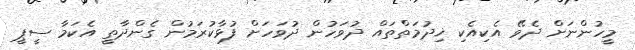
މީހުންނަށް ދެވޭ އެކިއެކި ޚިދުމަތްތައް ދުވަހުން ދުވަހަށް ފުޅާކުރަމުން ގެންދާތީ އެކަމާ ސީޕީ